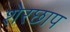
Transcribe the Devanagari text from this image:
शेरछाप